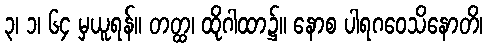
၃၊ ၁၊ ၆၄ မှယူရန်။ တတ္ထ၊ ထိုဂါထာ၌။ နောစ ပါရဂဝေသိနောတိ၊